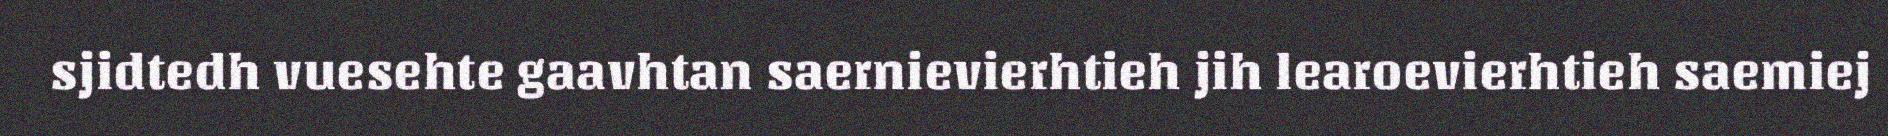
sjidtedh vuesehte gaavhtan saernievierhtieh jih learoevierhtieh saemiej